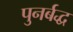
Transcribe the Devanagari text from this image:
पुनर्बद्ध